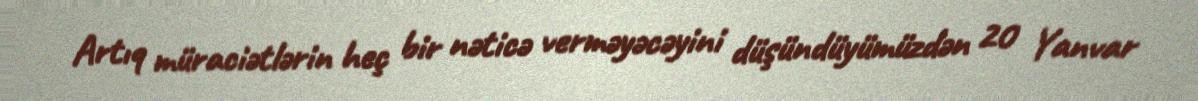
Artıq müraciətlərin heç bir nəticə verməyəcəyini düşündüyümüzdən 20 Yanvar